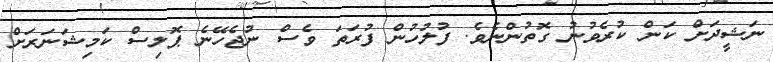
ނަޝީދަށް ކަން ކުރެވުނު ގޮތުންނެވެ. ފުލުހުން ފުރަތަަ ވެސް ނުޖެހޭނެ ޕޮލިސް ކަމިޝަނަރަށް